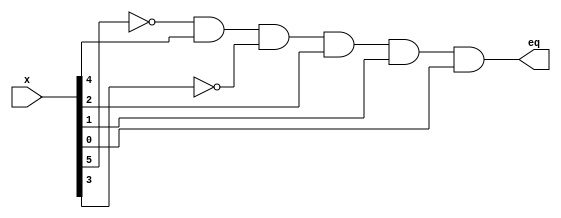
/* ------------------------------------------------ *
 * Project     : Digital Clock                      *
 * Module      : comparator_hr	                    *
 * ------------------------------------------------ *
 * Last Edit   : 25/05/2021                         *
 * ------------------------------------------------ *
 * Description : A comparator that compares input   *
		         with 23
 * ------------------------------------------------ */

module comparator_hr(input [0:5]x,
                     output eq);

wire t0;
wire t2;

not g0 (t0,x[0]),
    g2 (t2,x[2]);

and g3 (eq,t0,x[1],t2,x[3],x[4],x[5]);

endmodule